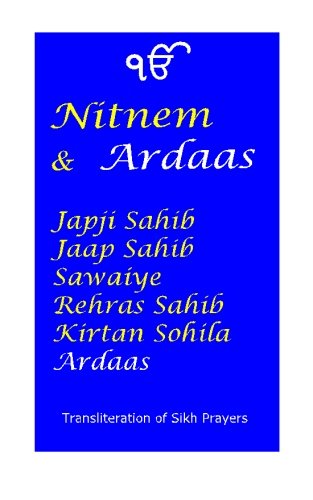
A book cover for Nitnem and Ardaas; Manmohan Singh Sethi; Religion & Spirituality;